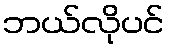
ဘယ်လိုပင်